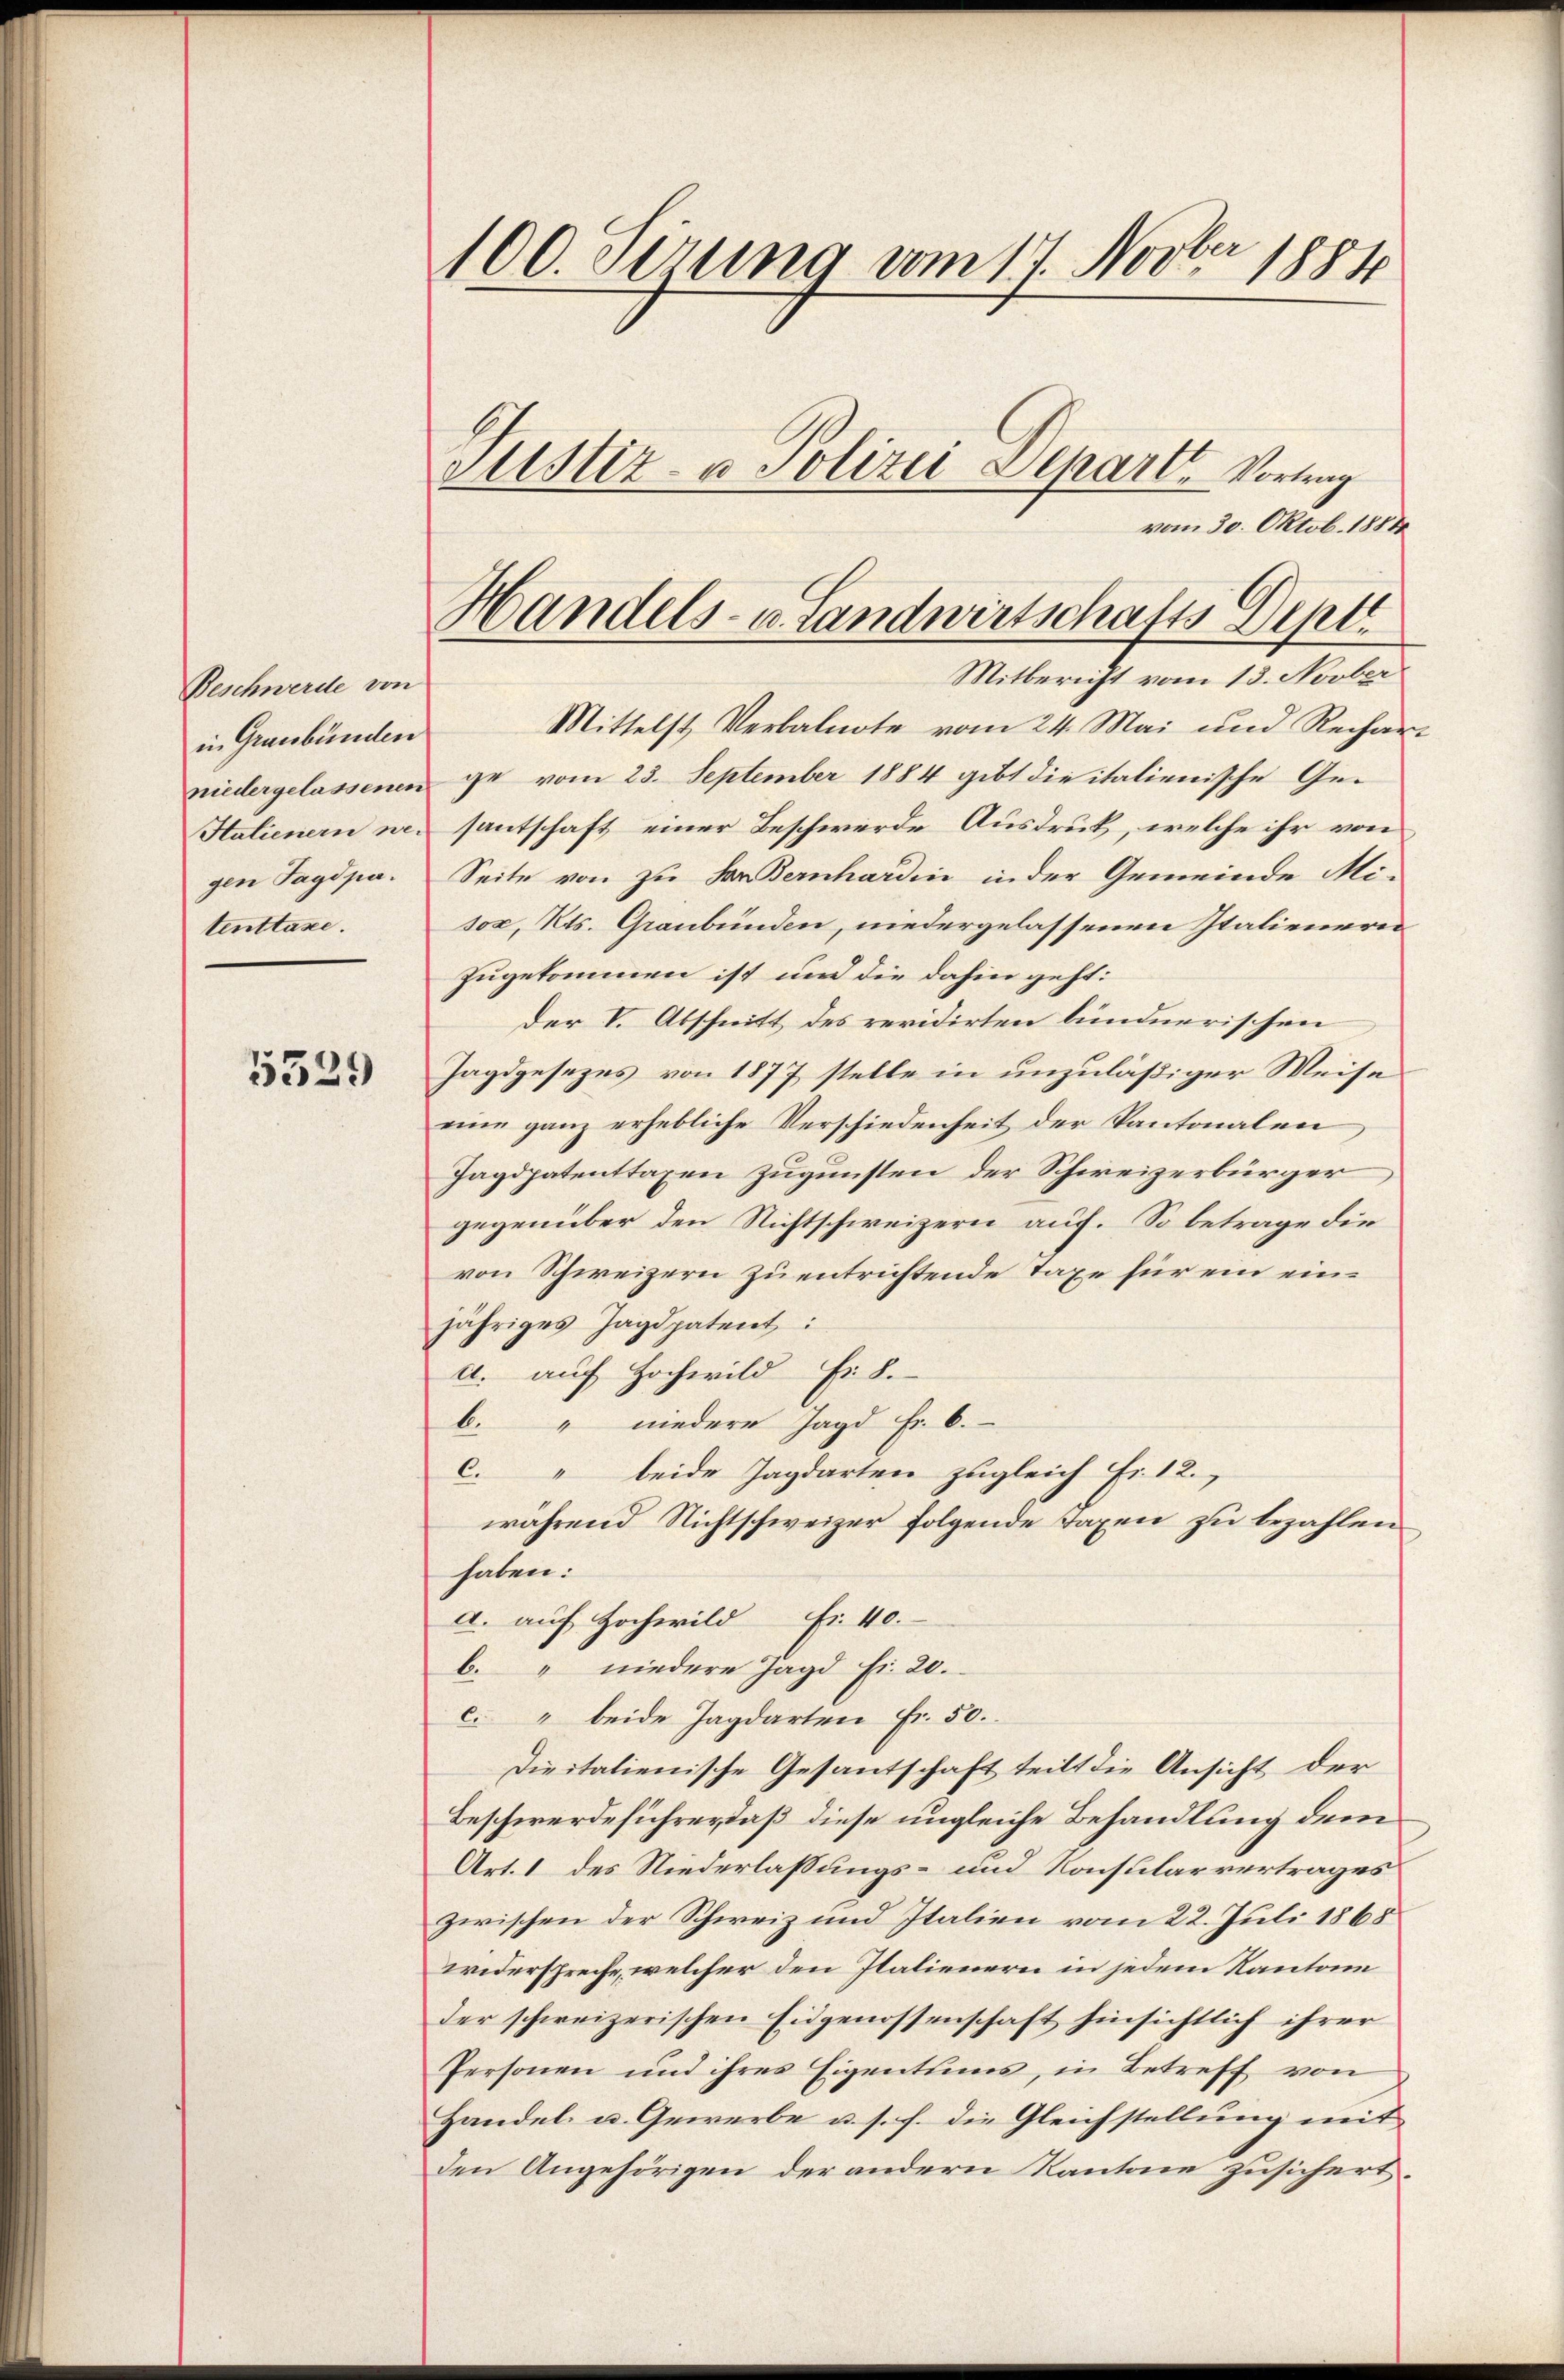
Beschwerde von
in Graubünden
niedergelassenen
Hatienern we-
gen Jagdpa.
tenttaxe.

5329

100. Sirung vom 17 Novber 1884
Justiz- u Polizei Depart. Vortrag

vom 30. Oktob. 1888
Handels- u. Landwirtschafts Dept.
Mitbericht vom 13. Novber

Mittelst Verbalnote vom 24. Mai und Recharge vom 23. September 1884 gibt die italienische Gesantschaft einer Beschwerde Ausdruck, welche ihr von
Seite von zu der Bernhardin in der Gemeinde Misox, Kts. Graubünden, niedergelassenen Italienern
zugekommen ist und die dahin geht:
der V. Abschnitt des revidirten bündnerischen
Jagdgesezes von 1877 stelle in unzuläßiger Weise
eine ganz erhebliche Verschiedenheit der Kantonalen
Jagdpatenttaxen zugunsten der Schweizerbürger
gegenüber den Nichtschweizern auf. So betrage die
von Schweizern zu entrichtende Taxe für ein einjähriges Jagdpatent:
a. auf Hochwild fi 8.
b. " niedere Jagd Fr. 6.
c. " beide Jagdarten zugleich Fr. 12.
während Nichtschweizer folgende Taxen zu bezahlen
haben:
a. auf Hochwild Fr. 40.
b. " niedere Jagd fi 20.
c. " beide Jagdarten Fr. 50.
Dieitalienische Gesantschaft teilt die Ansicht der
Beschwerdeführe, daß diese ungleiche Behandlung dem
Art. 1 des Niederlassungs- und Konsularvertrages
zwischen der Schweiz und Italien vom 22. Juli 1865
widerspreche, welcher den Ilalienern in jedem Kantone
der schweizerischen Eidgenossenschaft hinsichtlich ihrer
Personen und ihres Eigentums, in Betreff von
Handel u. Gewerbe u. s. f. die Gleichstellung mit
den Angehörigen der andern Kantone zusichert.